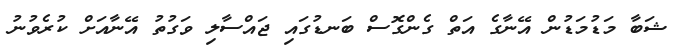
ޝަބާ މަޑުމަޑުން އޭނާގެ އަތް ގެންގޮސް ބަނޑުގައި ޖައްސާލި ވަގުތު އޭނާއަށް ކުރެވުނު